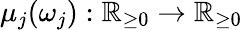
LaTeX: \mu_{j}(\omega_{j}):\mathbb{R}_{\geq 0}\rightarrow\mathbb{R}_{\geq 0}